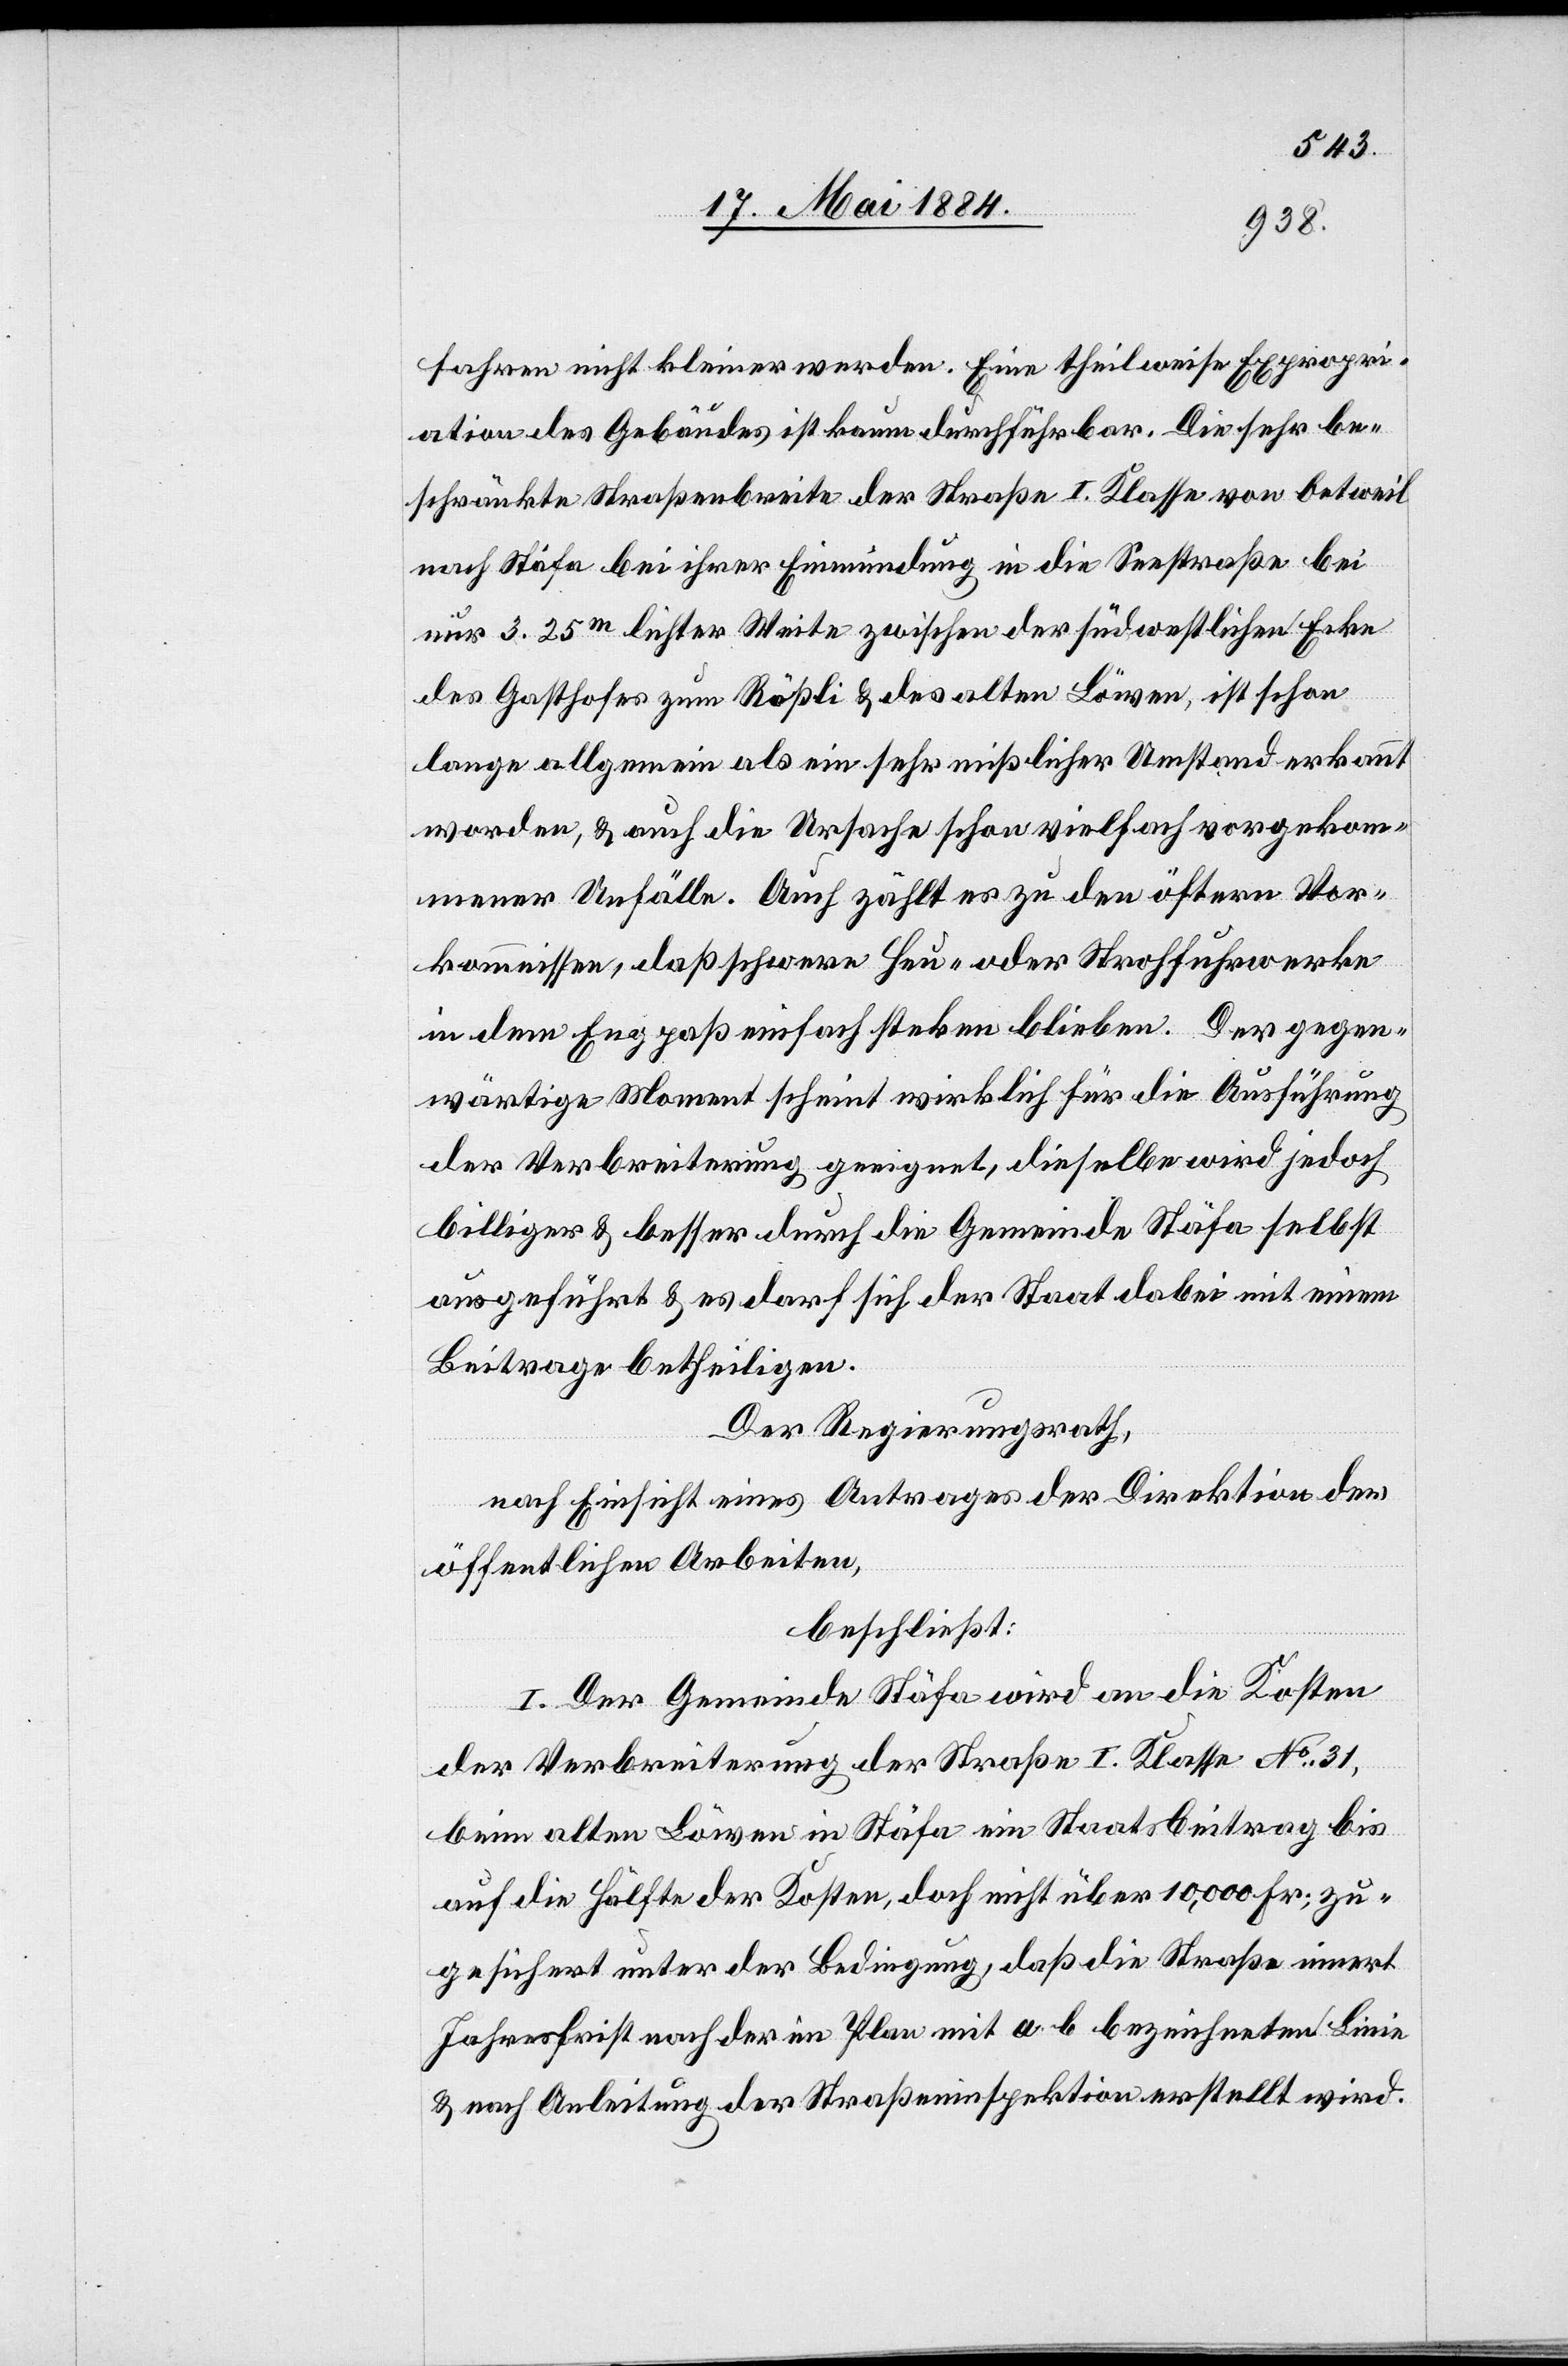
fahren nicht kleiner werden. Eine theilweise Expropri¬
ation des Gebäudes ist kaum durchführbar. Die sehr be¬
schränkte Straßenbreite der Straße I. Klasse von Oetweil
nach Stäfa bei ihrer Einmündung in die Seestraße bei
nur 3.25m lichter Weite zwischen der südwestlichen Ecke
des Gasthofes zum Rößli & des alten Löwen, ist schon
lange allgemein als ein sehr mißlicher Umstand erkannt
worden, & auch die Ursache schon vielfach vorgekom¬
mener Unfälle. Auch zählt es zu den öftern Vor¬
kommnissen, daß schwere Heu- oder Strohfuhrwerke
in dem Engpaß einfach ste[c]ken blieben. Der gegen¬
wärtige Moment scheint wirklich für die Ausführung
der Verbreiterung geeignet, dieselbe wird jedoch
billiger & besser durch die Gemeinde Stäfa selbst
ausgeführt & es darf sich der Staat dabei mit einem
Beitrage betheiligen.
Der Regierungsrath,
nach Einsicht eines Antrages der Direktion der
öffentlichen Arbeiten,
beschließt:
I. Der Gemeinde Stäfa wird an die Kosten
der Verbreiterung der Straße I. Klasse No 31,
beim alten Löwen in Stäfa ein Staatsbeitrag bis
auf die Hälfte der Kosten, doch nicht über 10,000 Fr., zu¬
gesichert unter der Bedingung, daß die Straße innert
Jahresfrist noch der im Plan mit a b bezeichneten Linie
& nach Anleitung der Straßeninspektion erstellt wird.